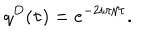
q ^ { D } ( \tau ) = e ^ { - 2 i \pi / \tau } .